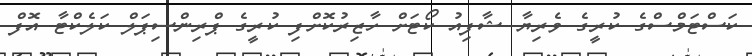
ކަސްޓަމްސްގެ ކުރީގެ ވެރިޔާ ޝާފިއު ކޯޓަށް ހާޒިރުކޮށްފި ކުރީގެ ޕްރިންސިޕަލް ކަލެކްޓާ އޮފް